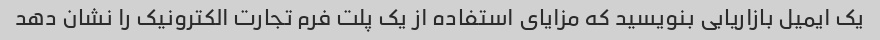
یک ایمیل بازاریابی بنویسید که مزایای استفاده از یک پلت فرم تجارت الکترونیک را نشان دهد